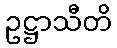
ဥဋ္ဌာသီတိ